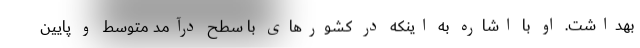
بهداشت. او با اشاره به اینکه در کشورهای با سطح درآمد متوسط و پایین